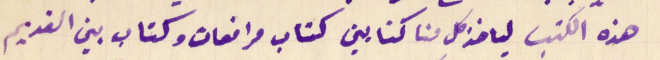
هذه الكتب لياخذ كل منا كتابين كتاب مرافعات وكتاب بين القديم